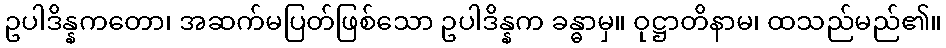
ဥပါဒိန္နကတော၊ အဆက်မပြတ်ဖြစ်သော ဥပါဒိန္နက ခန္ဓာမှ။ ဝုဋ္ဌာတိနာမ၊ ထသည်မည်၏။